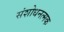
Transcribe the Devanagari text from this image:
संशोधनत्मक